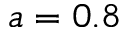
a = 0 . 8